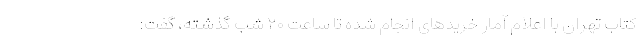
کتاب تهران با اعلام آمار خریدهای انجام شده تا ساعت ۲۰ شب گذشته، گفت: